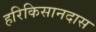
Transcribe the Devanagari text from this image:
हरिकिसानदास